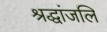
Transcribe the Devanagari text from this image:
श्रद्धांजलि